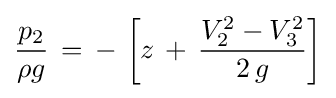
{\frac {p_{2}}{\rho g}}\,=\,-\,\left[z\,+\,{\frac {V_{2}^{2}-V_{3}^{2}}{2\,g}}\right]